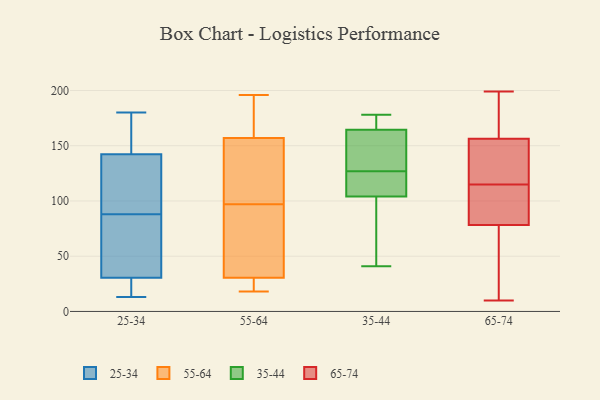
{"axis": {"x": "Satisfaction Score", "y": "Value"}, "legend": ["25-34", "35-44", "55-64", "65-74"], "data": [{"x": "", "y": 25, "type": "25-34"}, {"x": "", "y": 54, "type": "25-34"}, {"x": "", "y": 180, "type": "25-34"}, {"x": "", "y": 47, "type": "25-34"}, {"x": "", "y": 88, "type": "25-34"}, {"x": "", "y": 125, "type": "25-34"}, {"x": "", "y": 148, "type": "25-34"}, {"x": "", "y": 165, "type": "25-34"}, {"x": "", "y": 16, "type": "25-34"}, {"x": "", "y": 117, "type": "25-34"}, {"x": "", "y": 13, "type": "25-34"}, {"x": "", "y": 111, "type": "55-64"}, {"x": "", "y": 89, "type": "55-64"}, {"x": "", "y": 85, "type": "55-64"}, {"x": "", "y": 166, "type": "55-64"}, {"x": "", "y": 30, "type": "55-64"}, {"x": "", "y": 181, "type": "55-64"}, {"x": "", "y": 18, "type": "55-64"}, {"x": "", "y": 27, "type": "55-64"}, {"x": "", "y": 31, "type": "55-64"}, {"x": "", "y": 105, "type": "55-64"}, {"x": "", "y": 148, "type": "55-64"}, {"x": "", "y": 196, "type": "55-64"}, {"x": "", "y": 41, "type": "35-44"}, {"x": "", "y": 120, "type": "35-44"}, {"x": "", "y": 129, "type": "35-44"}, {"x": "", "y": 178, "type": "35-44"}, {"x": "", "y": 55, "type": "35-44"}, {"x": "", "y": 174, "type": "35-44"}, {"x": "", "y": 144, "type": "35-44"}, {"x": "", "y": 127, "type": "35-44"}, {"x": "", "y": 172, "type": "35-44"}, {"x": "", "y": 169, "type": "35-44"}, {"x": "", "y": 101, "type": "35-44"}, {"x": "", "y": 127, "type": "35-44"}, {"x": "", "y": 107, "type": "35-44"}, {"x": "", "y": 74, "type": "35-44"}, {"x": "", "y": 160, "type": "35-44"}, {"x": "", "y": 115, "type": "35-44"}, {"x": "", "y": 76, "type": "65-74"}, {"x": "", "y": 146, "type": "65-74"}, {"x": "", "y": 27, "type": "65-74"}, {"x": "", "y": 10, "type": "65-74"}, {"x": "", "y": 90, "type": "65-74"}, {"x": "", "y": 194, "type": "65-74"}, {"x": "", "y": 199, "type": "65-74"}, {"x": "", "y": 140, "type": "65-74"}, {"x": "", "y": 138, "type": "65-74"}, {"x": "", "y": 104, "type": "65-74"}, {"x": "", "y": 110, "type": "65-74"}, {"x": "", "y": 187, "type": "65-74"}, {"x": "", "y": 13, "type": "65-74"}, {"x": "", "y": 79, "type": "65-74"}, {"x": "", "y": 115, "type": "65-74"}, {"x": "", "y": 196, "type": "65-74"}, {"x": "", "y": 133, "type": "65-74"}]}